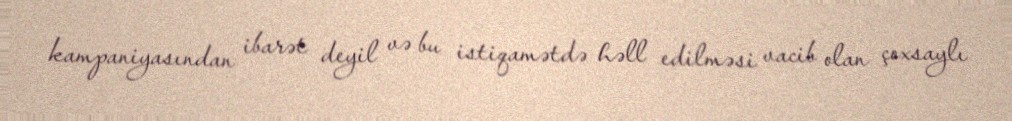
kampaniyasından ibarət deyil və bu istiqamətdə həll edilməsi vacib olan çoxsaylı